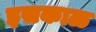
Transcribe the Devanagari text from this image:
इसकाळ